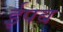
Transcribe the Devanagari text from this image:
ईपब